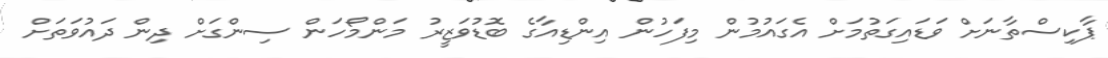
ޕާކިސްތާނަށް ވަޑައިގަތުމަށް އެގައުމުން މިފަހުން އިންޑިއާގެ ބޮޑުވަޒީރު މަންމޯހަން ސިންގަށް ދިން ދައުވަތަށް